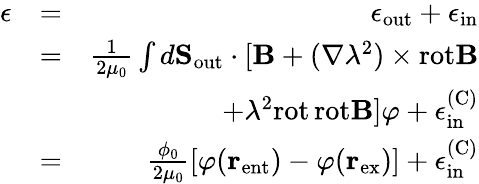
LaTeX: \begin{array}{rlr}{\epsilon}&{=}&{\epsilon_{\mathrm{out}}+\epsilon_{\mathrm{in}}}\\ &{=}&{\frac{1}{2\mu_{0}}\int d{\mathbf S}_{\mathrm{out}}\cdot[{\mathbf B}+(\nabla\lambda^{2})\times\mathrm{rot}{\mathbf B}}\\ &{}&{+\lambda^{2}\mathrm{rot}\, \mathrm{rot}{\mathbf B}]\varphi+\epsilon_{\mathrm{in}}^{\mathrm{(C)}}}\\ &{=}&{\frac{\phi_{0}}{2\mu_{0}}[\varphi({\mathbf r}_{\mathrm{ent}})-\varphi({\mathbf r}_{\mathrm{ex}})]+\epsilon_{\mathrm{in}}^{\mathrm{(C)}}}\end{array}